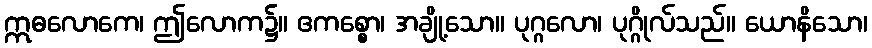
ဣဓလောကေ၊ ဤလောက၌။ ဧကစ္စော၊ အချို့သော။ ပုဂ္ဂလော၊ ပုဂ္ဂိုလ်သည်။ ယောနိသော၊